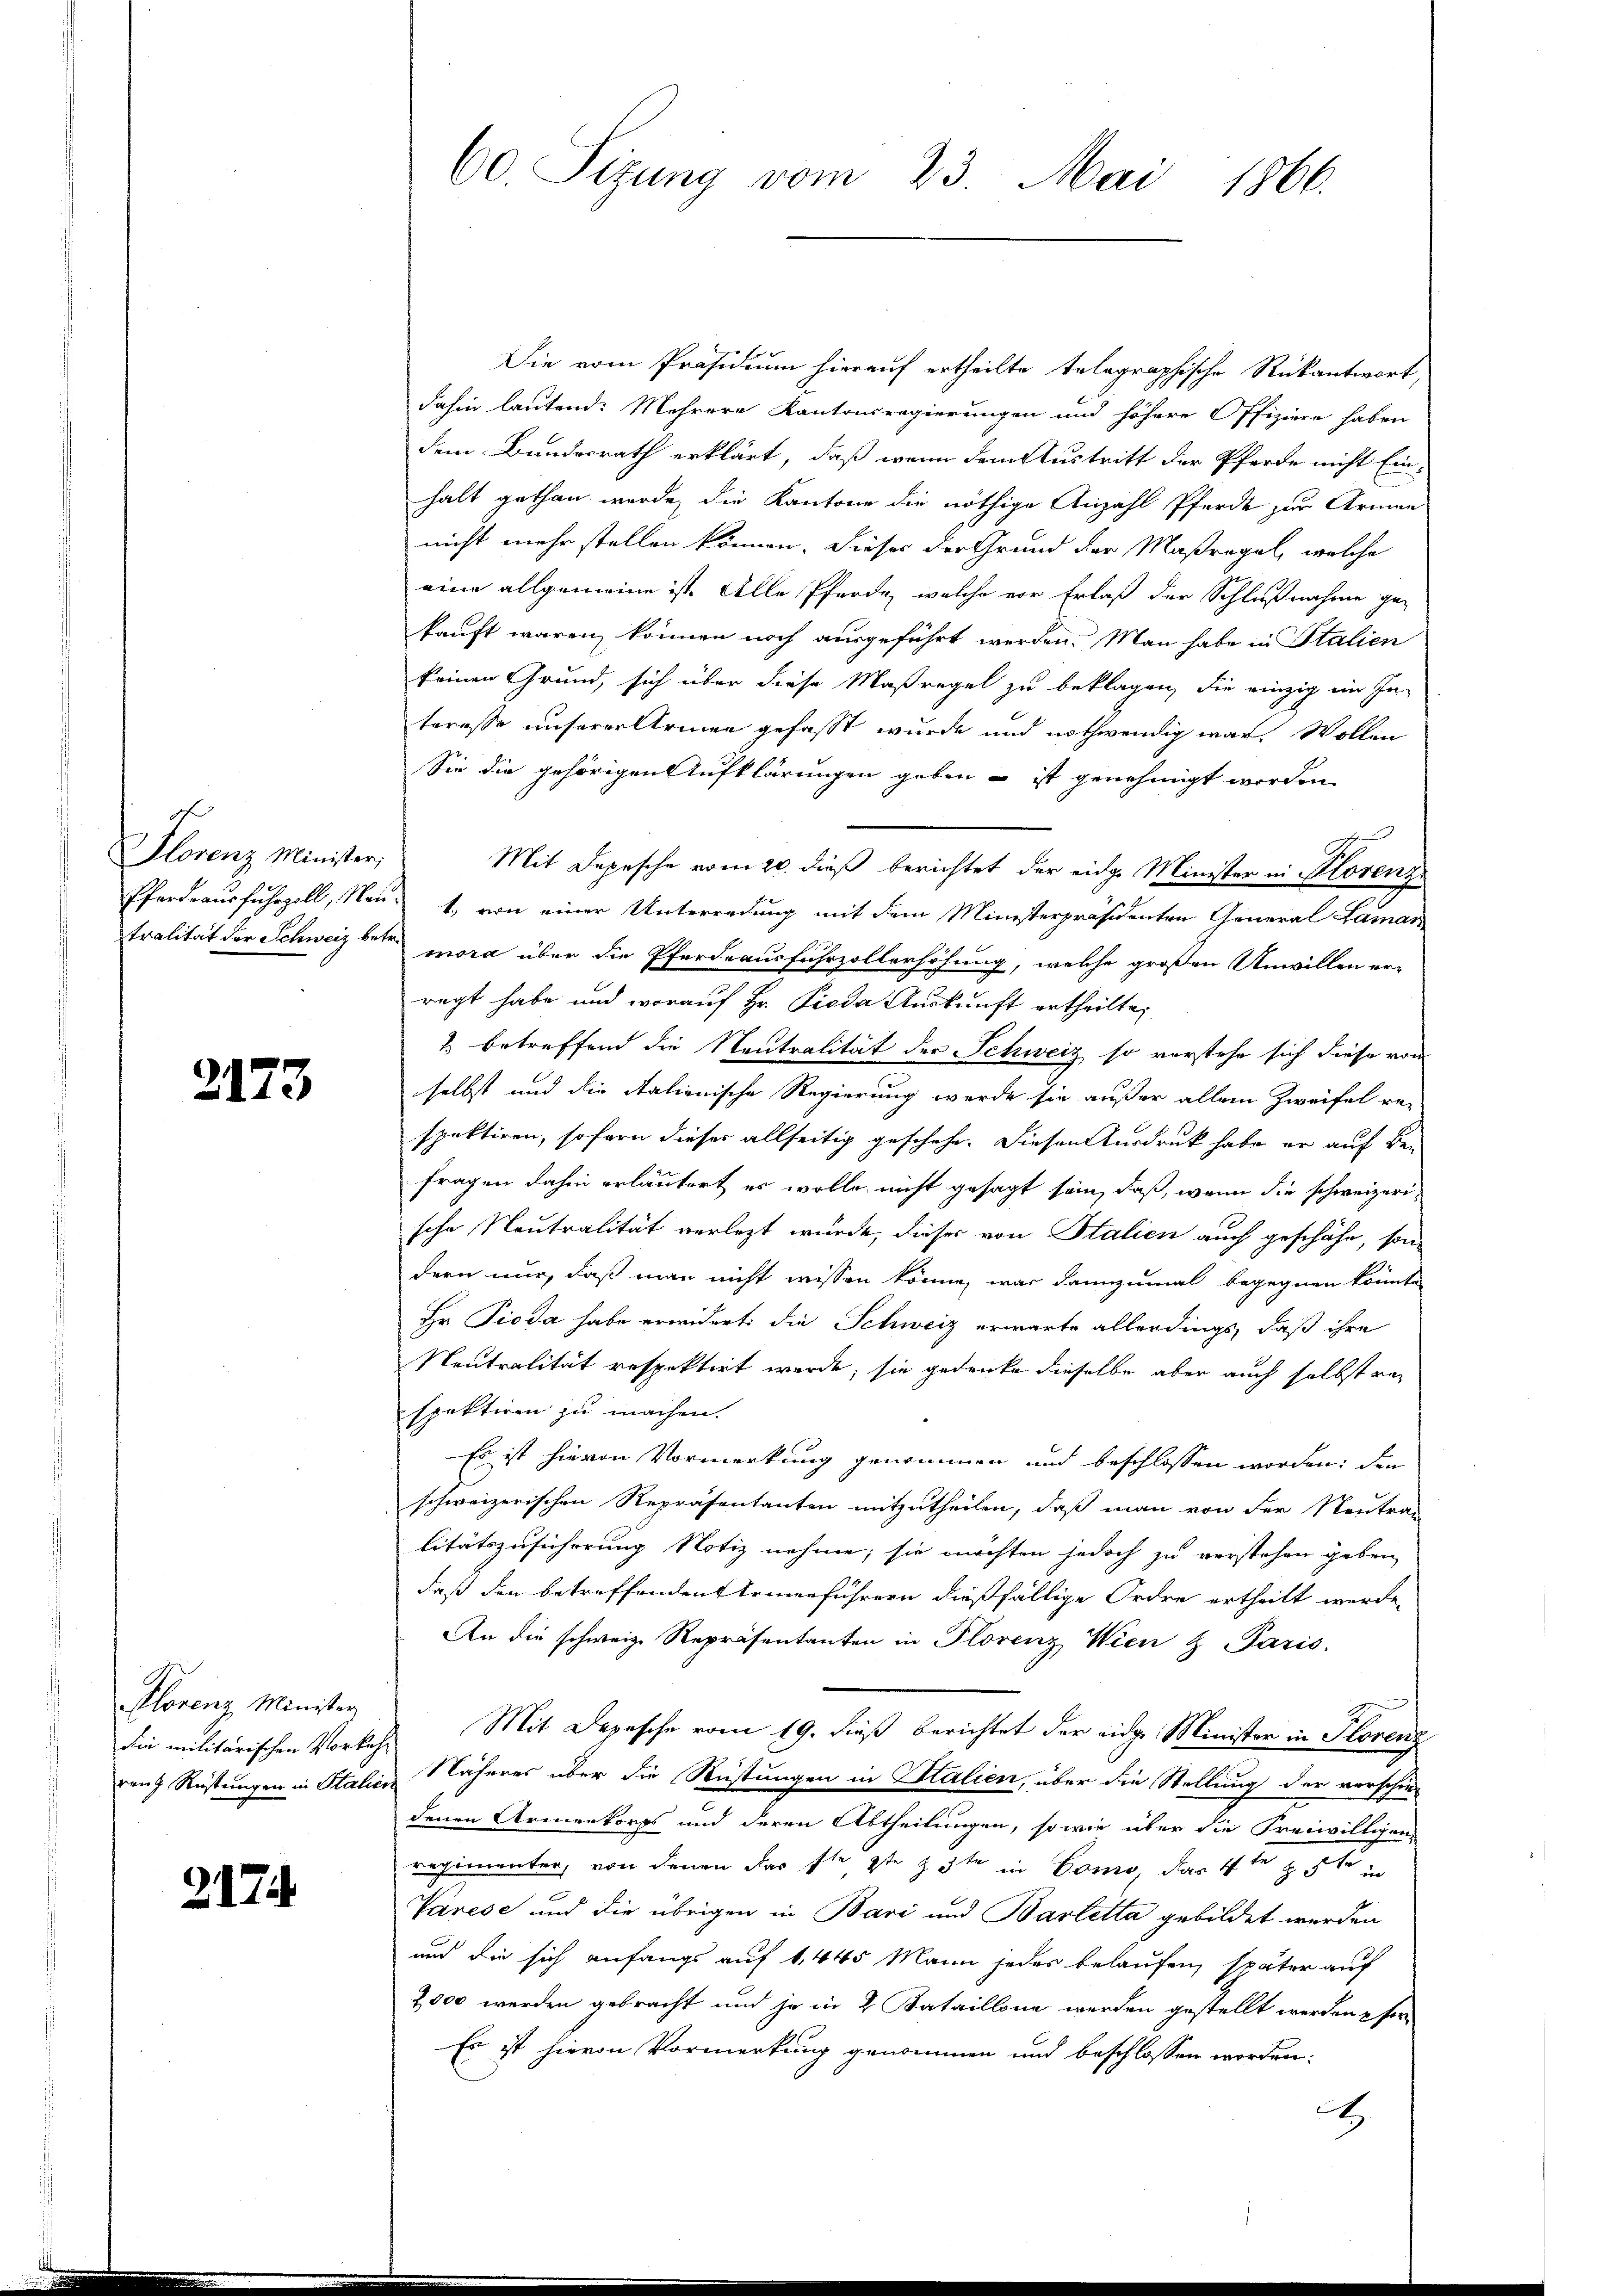
Florenz Minister,

2173

Alorenz Minister

217

60. Sizung vom 23. Mai 1866.

Die vom Präsidium hierauf ertheilte telegraphische Rükantwort,
dahin lautend: Mehrere Kantonsregierungen und höhere Offiziere haben
dem Bundesrath erklärt, daß wenn dem Austritt der Pferde nicht Ein-
halt gethan werde, die Kantone die nöthige Anzahl Pferde zur Armen
nicht mehr stellen können. Dieses der Grund der Maßregel, welche
eine allgemeine ist Alle Pferde, welche vor Erlaß der Schlußnahme gekauft waren können noch ausgeführt werden. Man habe in Italien
keinen Grund, sich über diese Maßregel zu beklagen, die einzig im In-
teresse unserer Armen gefasst wurde und nothwendig war. Wollen
Sie die gehörigen Aufklärungen geben – ist genehmigt worden
Mit Depesche vom 20. dieß berichtet der eidg. Minister in Plorenz
Pferdeausfuhrzoll, Nau 1., von einer Unterredung mit dem Ministerpräsidenten General Laman
tralität der Schweiz betr mora über die Pferdeausfuhrzollerhöhung, welche großen Unwillen er-
regt habe und worauf Hr. Pioda Auskunft ertheilte,
2 betreffend die Neutralität der Schweiz so verstehe sich diese von
selbst und die italienische Regierung werde sie außer allein Zweifel re-
spektiren, sofern dieser allseitig geschehe. Diesen Ausdruck habe er auf Be-
fragen dahin erläutert es wolle nicht gesagt sein, daß, wenn die schweizerische Neutralität verletzt wurde, dieser von Italien auch geschähe, son
dern nur, daß man nicht wissen könne, was dannzumal begegnen könnte
Hr Pioda habe erwidert die Schweiz erwarte allerdings, daß ihre
Neutralität respektirt werde, sie gedenke dieselbe aber auch selbst respektiren zu machen.
Es ist hievon Vormerkung genommen und beschlossen worden: den
schweizerischen Repräsentanten mitzutheilen, daß man von der Neutra-
litätszusicherung Notiz nehme, sie möchten jedoch zu verstehen geben
daß den betreffenden Armenführern dießfällige Ordre ertheilt werde.
An die schweiz. Repräsentanten in Florenz Wien & Paris.
die militärischen Vorkehr Mit Depesche vom 19. dieß berichtet der eidg. Minister in Florenz
rang Rüstungen in Stalien Näheres über die Rüstungen in Stalien, über die Stellung der verschie
denen Armenkorps und deren Abtheilungen, sowie über die Freiwillien-
regimenter, von denen das stete 3ten in Como, das 4te 5te in
Varese und die übrigen in Bari und Basletta gebildet werden
und die sich anfangs auf 1, 445 Mann jedes belaufen, später auf
2000 werden gebracht und je in 2 Bataillone werden gestellt werden fin
Es ist hievon Vormerkung genommen und beschlossen worden:
.